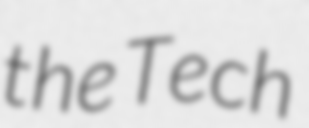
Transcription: the Tech